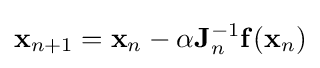
\mathbf {x} _{n+1}=\mathbf {x} _{n}-\alpha \mathbf {J} _{n}^{-1}\mathbf {f} (\mathbf {x} _{n})